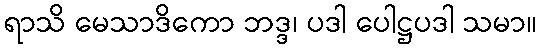
ရာသိ မေသာဒိကော ဘဒ္ဒ၊ ပဒါ ပေါဋ္ဌပဒါ သမာ။